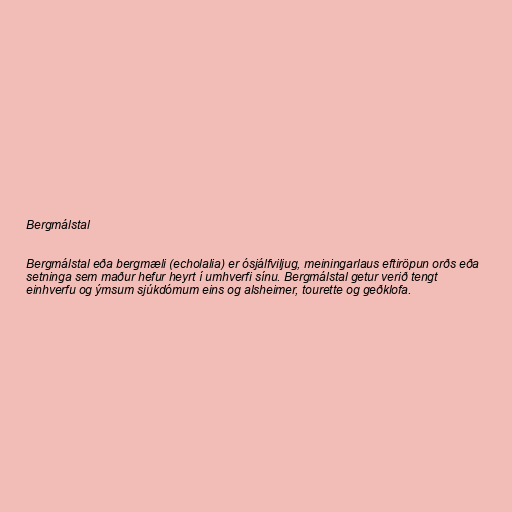
Bergmálstal

Bergmálstal eða bergmæli (echolalia) er ósjálfviljug, meiningarlaus eftiröpun orðs eða
setninga sem maður hefur heyrt í umhverfi sínu. Bergmálstal getur verið tengt
einhverfu og ýmsum sjúkdómum eins og alsheimer, tourette og geðklofa.